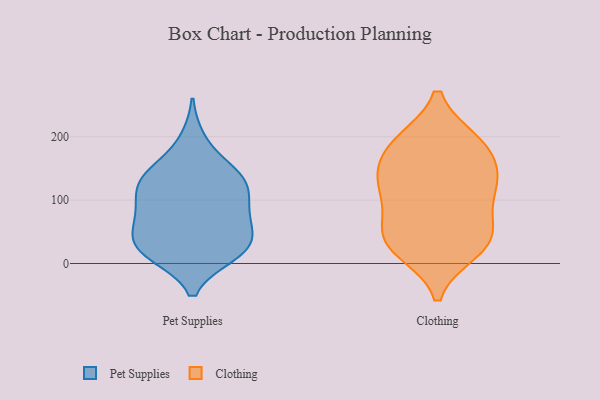
{"axis": {"x": "Operating Costs (USD K)", "y": "Value"}, "legend": ["Clothing", "Pet Supplies"], "data": [{"x": "", "y": 147, "type": "Pet Supplies"}, {"x": "", "y": 108, "type": "Pet Supplies"}, {"x": "", "y": 141, "type": "Pet Supplies"}, {"x": "", "y": 112, "type": "Pet Supplies"}, {"x": "", "y": 14, "type": "Pet Supplies"}, {"x": "", "y": 23, "type": "Pet Supplies"}, {"x": "", "y": 137, "type": "Pet Supplies"}, {"x": "", "y": 68, "type": "Pet Supplies"}, {"x": "", "y": 137, "type": "Pet Supplies"}, {"x": "", "y": 16, "type": "Pet Supplies"}, {"x": "", "y": 18, "type": "Pet Supplies"}, {"x": "", "y": 63, "type": "Pet Supplies"}, {"x": "", "y": 64, "type": "Pet Supplies"}, {"x": "", "y": 195, "type": "Pet Supplies"}, {"x": "", "y": 108, "type": "Pet Supplies"}, {"x": "", "y": 83, "type": "Pet Supplies"}, {"x": "", "y": 33, "type": "Pet Supplies"}, {"x": "", "y": 34, "type": "Pet Supplies"}, {"x": "", "y": 189, "type": "Clothing"}, {"x": "", "y": 21, "type": "Clothing"}, {"x": "", "y": 128, "type": "Clothing"}, {"x": "", "y": 191, "type": "Clothing"}, {"x": "", "y": 41, "type": "Clothing"}, {"x": "", "y": 135, "type": "Clothing"}, {"x": "", "y": 35, "type": "Clothing"}, {"x": "", "y": 117, "type": "Clothing"}, {"x": "", "y": 124, "type": "Clothing"}, {"x": "", "y": 31, "type": "Clothing"}, {"x": "", "y": 85, "type": "Clothing"}, {"x": "", "y": 51, "type": "Clothing"}, {"x": "", "y": 192, "type": "Clothing"}, {"x": "", "y": 165, "type": "Clothing"}]}